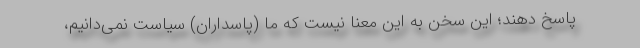
پاسخ دهند؛ این سخن به این معنا نیست که ما (پاسداران) سیاست نمی‌دانیم،